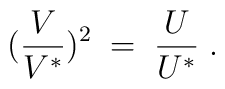
(\frac{V}{V^*})^2 \;=\; \frac{U}{U^*} \;.